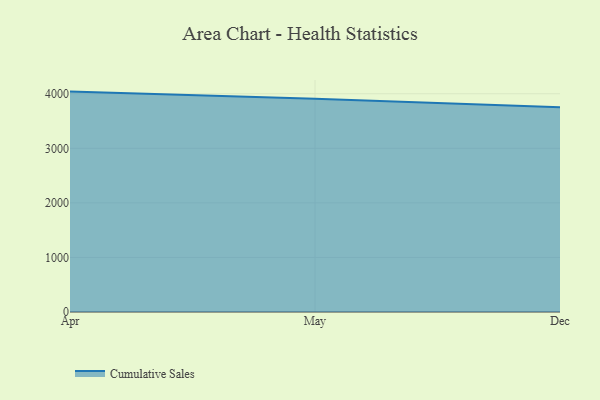
{"axis": {"x": "Month", "y": "Gross Profit (USD K)"}, "legend": ["Cumulative Sales"], "data": [{"x": "Apr", "y": 4039.3, "type": "Cumulative Sales"}, {"x": "May", "y": 3908.6, "type": "Cumulative Sales"}, {"x": "Dec", "y": 3751.1, "type": "Cumulative Sales"}]}